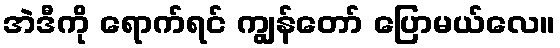
အဲဒီကို ရောက်ရင် ကျွန်တော် ပြောမယ်လေ။